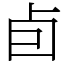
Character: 卣